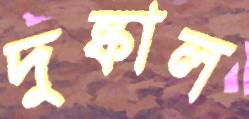
দুষ্কাল